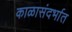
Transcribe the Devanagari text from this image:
काळासंदर्भात